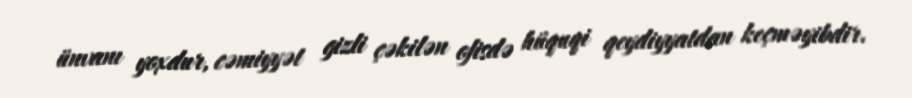
ünvanı yoxdur, cəmiyyət gizli çəkilən ofisdə hüquqi qeydiyyatdan keçməyibdir.